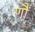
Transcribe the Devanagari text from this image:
णौं